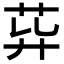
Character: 𦮁